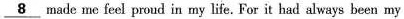
\underline{8} made me feel proud in my life. For it had always been my